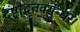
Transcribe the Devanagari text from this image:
दंष्ट्रोद्धृतवसुन्धरे।